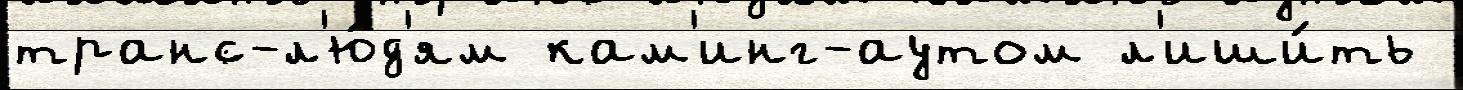
транс-л'ю́д'ям кам'инг-аутом л'иши́ть